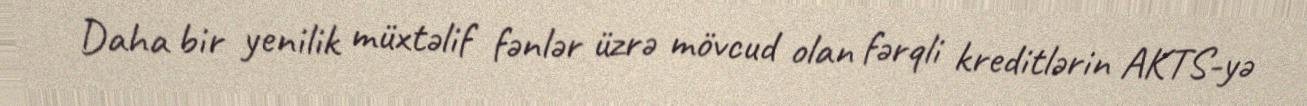
Daha bir yenilik müxtəlif fənlər üzrə mövcud olan fərqli kreditlərin AKTS-yə